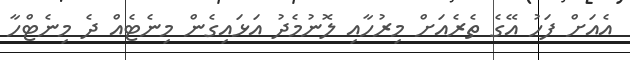
އެއަށް ފަހު އޭގެ ތެރެއަށް މިރުހާއި ލޮނުމެދު އަޅައިގެން މިނެޓެއް ދެ މިނެޓްހާ